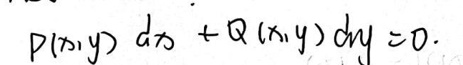
\[
P(x,y)dx + Q(x,y)dy = 0
\]